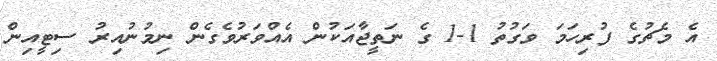
އެ މެޗުގެ ފުރިހަމަ ވަގުތު 1-1 ގެ ނަތީޖާއަކުން އެއްވަރުވެގެން ނިމުނުއިރު ސިޓީއިން